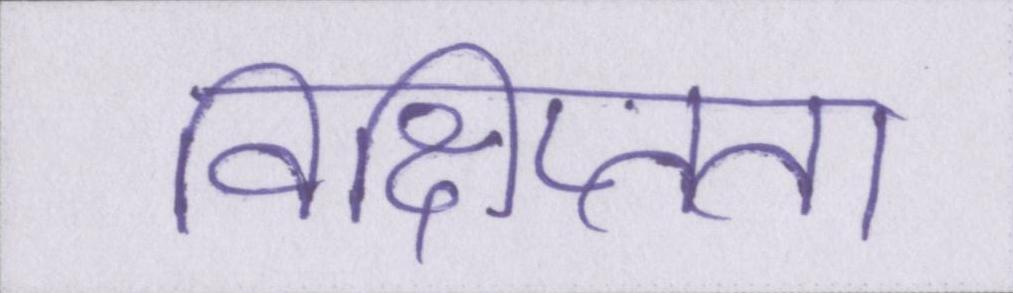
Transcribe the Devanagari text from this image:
विक्षिप्तता